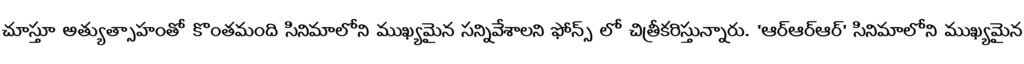
చూస్తూ అత్యుత్సాహంతో కొంతమంది సినిమాలోని ముఖ్యమైన సన్నివేశాలని ఫోన్స్ లో చిత్రీకరిస్తున్నారు. 'ఆర్ఆర్ఆర్' సినిమాలోని ముఖ్యమైన